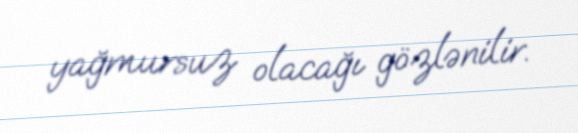
yağmursuz olacağı gözlənilir.